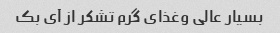
بسیار عالی وغذای گرم تشکر از آی بک